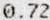
0.72